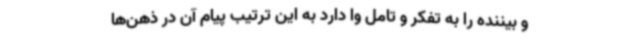
و بیننده را به تفکر و تامل وا دارد به این ترتیب پیام آن در ذهن‌ها